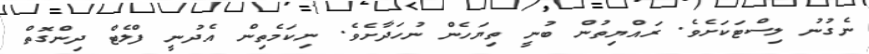
ނެގުނު ލިސްޓަކަށެވެ. ރައްޔިތުން ބުނީ ތިޔަހެން ނުހަދާށެވެ. ނިކަމެތިން އެދުނީ ފްލެޓް ދިންގޮތް